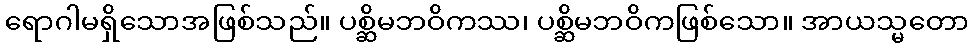
ရောဂါမရှိသောအဖြစ်သည်။ ပစ္ဆိမဘဝိကဿ၊ ပစ္ဆိမဘဝိကဖြစ်သော။ အာယသ္မတော